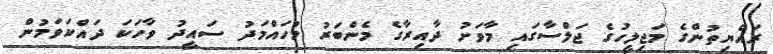
ރައްޔިތުންގެ މަޖިލީހުގެ ޖަލްސާގައި މާވަށު ދާއިރާގެ މެންބަރު މުހައްމަދު ސައީދު ވާހަކަ ދައްކަވަމުން